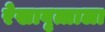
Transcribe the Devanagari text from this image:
रेखावृत्ताला